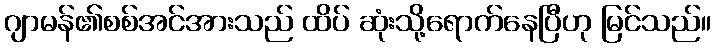
ဂျာမန်၏စစ်အင်အားသည် ထိပ် ဆုံးသို့ရောက်နေပြီဟု မြင်သည်။